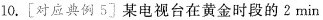
10.[对应典例5〕某电视台在黄金时段的2 min